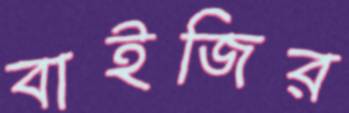
বাইজির